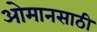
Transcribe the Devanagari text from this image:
ओमानसाठी